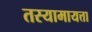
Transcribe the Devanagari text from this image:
तस्यामायत्ता